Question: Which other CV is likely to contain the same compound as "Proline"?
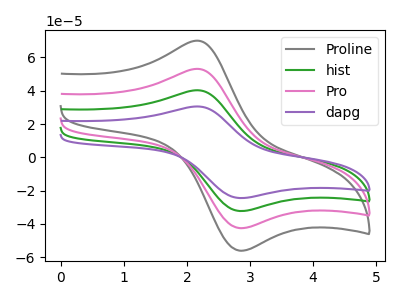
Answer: <think>The gray curve "Proline" has an anodic peak at (2.15V, 120.85uA) and a cathodic peak at (2.85V, -96.80uA). The green curve "hist" has an anodic peak at (2.15V, 40.30uA) and a cathodic peak at (2.85V, -32.25uA). The pink curve "Pro" has an anodic peak at (2.15V, 80.55uA) and a cathodic peak at (2.85V, -64.50uA). The purple curve "dapg" has an anodic peak at (2.15V, 30.55uA) and a cathodic peak at (2.85V, -24.45uA).
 All the peaks in "Proline" have a peak in "hist" at the same potential. Every peak in "Proline" is higher than every peak in "hist". All the peaks in "Proline" have a peak in "Pro" at the same potential. Every peak in "Proline" is higher than every peak in "Pro". All the peaks in "Proline" have a peak in "dapg" at the same potential. Every peak in "Proline" is higher than every peak in "dapg". All the peaks in "hist" have a peak in "Pro" at the same potential. Every peak in "hist" is lower than every peak in "Pro". All the peaks in "hist" have a peak in "dapg" at the same potential. Every peak in "hist" is higher than every peak in "dapg". All the peaks in "Pro" have a peak in "dapg" at the same potential. Every peak in "Pro" is higher than every peak in "dapg".</think>
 <answer>"Proline", "hist" and "Pro" have a similar shape to "dapg".</answer>
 <eval>"Proline" "hist" "Pro"</eval>